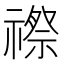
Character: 䄞